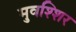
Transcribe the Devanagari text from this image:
मुवश्शिर